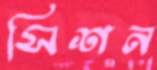
সিশন